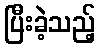
ပြီးခဲ့သည့်